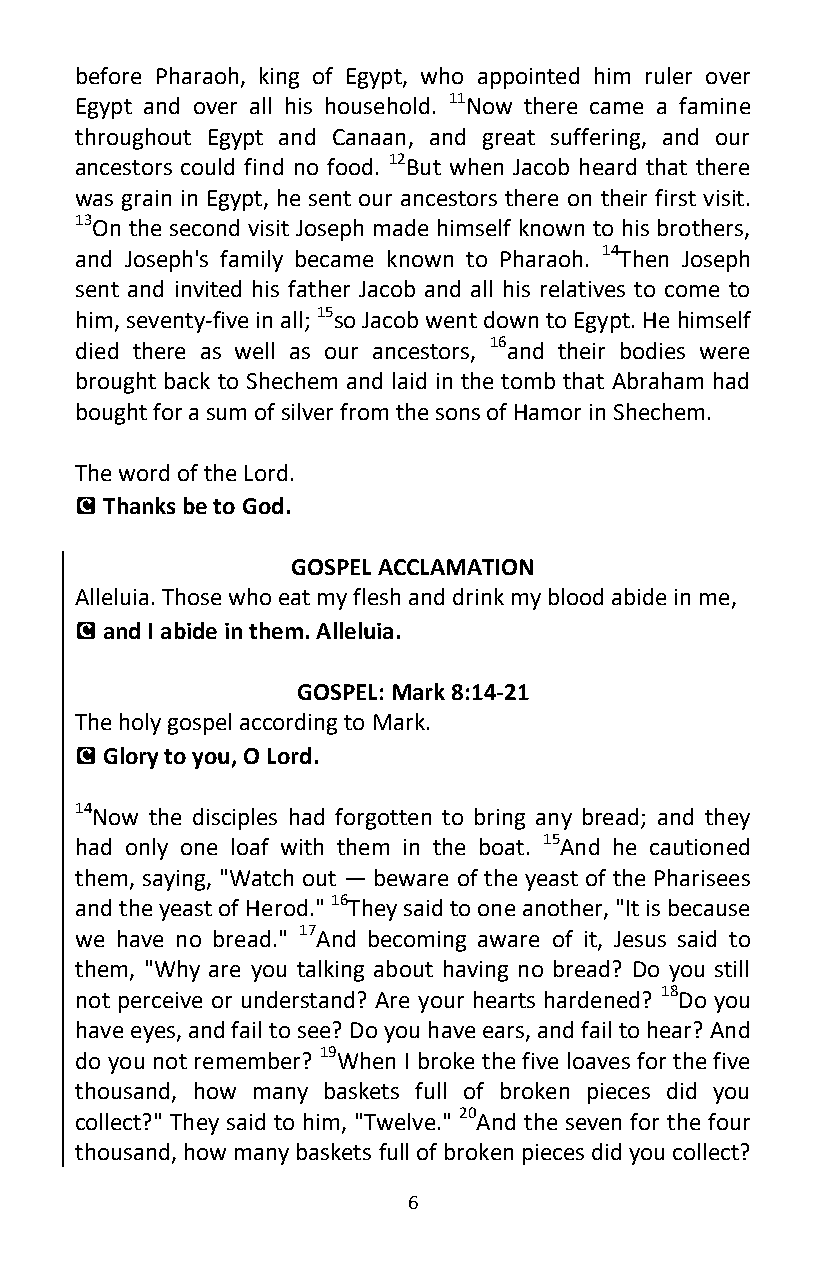
before Pharaoh, king of Egypt, who appointed him ruler over
 Egypt and over all his household. 11Now there came a famine
 throughout Egypt and Canaan, and great suffering, and our
 ancestors could find no food. 12But when Jacob heard that there
 was grain in Egypt, he sent our ancestors there on their first visit.
 13On the second visit Joseph made himself known to his brothers,
 and Joseph's family became known to Pharaoh. 14Then Joseph
 sent and invited his father Jacob and all his relatives to come to
 him, seventy-five in all; 15so Jacob went down to Egypt. He himself
 died there as well as our ancestors, 16and their bodies were
 brought back to Shechem and laid in the tomb that Abraham had
 bought for a sum of silver from the sons of Hamor in Shechem.
 The word of the Lord.
 C Thanks be to God.
 GOSPEL ACCLAMATION
 Alleluia. Those who eat my flesh and drink my blood abide in me,
 C and I abide in them. Alleluia.
 GOSPEL: Mark 8:14-21
 The holy gospel according to Mark.
 C Glory to you, O Lord.
 14Now the disciples had forgotten to bring any bread; and they
 had only one loaf with them in the boat. 15And he cautioned
 them, saying, "Watch out — beware of the yeast of the Pharisees
 and the yeast of Herod." 16They said to one another, "It is because
 we have no bread." 17And becoming aware of it, Jesus said to
 them, "Why are you talking about having no bread? Do you still
 not perceive or understand? Are your hearts hardened? 18Do you
 have eyes, and fail to see? Do you have ears, and fail to hear? And
 do you not remember? 19When I broke the five loaves for the five
 thousand, how many baskets full of broken pieces did you
 collect?" They said to him, "Twelve." 20And the seven for the four
 thousand, how many baskets full of broken pieces did you collect?
 6